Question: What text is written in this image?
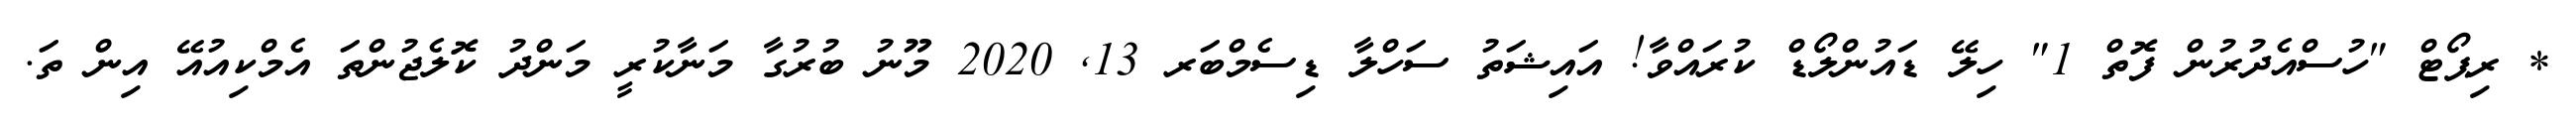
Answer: * ރިޕޯޓް "ހުސްއެދުރުން ފޮތް 1" ހިލޭ ޑައުންލޯޑް ކުރައްވާ! އައިޝަތު ސަހްލާ ޑިސެމްބަރ 13, 2020 މޫނު ބުރުގާ މަނާކުރީ މަންދު ކޮލެޖުންތަ އެމްކިއުއޭ އިން ތަ.